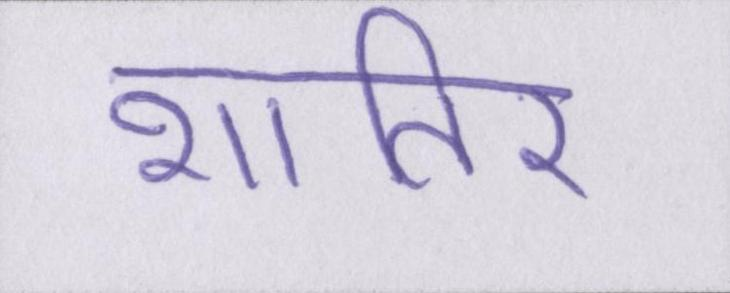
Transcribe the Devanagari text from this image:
शातिर